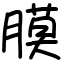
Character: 膜